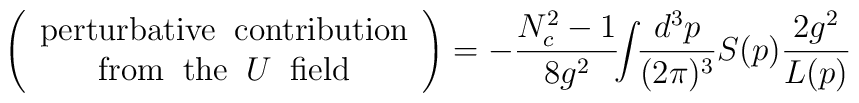
\left(\begin{array}{c}{\rm perturbative\;\;contribution}\\{\rm from\;\;the\;\;}U\;\;{\rm field} \end{array}\right)=-\frac{N_c^2-1}{8g^2}\!\!\int\!\!\frac{d^3p}{(2\pi)^3}S(p)\frac{2g^2}{L(p)}